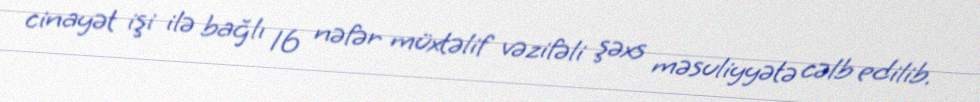
cinayət işi ilə bağlı 16 nəfər müxtəlif vəzifəli şəxs məsuliyyətə cəlb edilib.